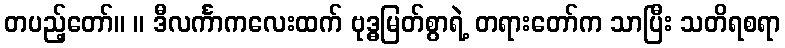
တပည့်တော်။ ။ ဒီလင်္ကာကလေးထက် ဗုဒ္ဓမြတ်စွာရဲ့ တရားတော်က သာပြီး သတိရစရာ